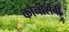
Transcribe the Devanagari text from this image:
कोनोसेबी